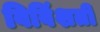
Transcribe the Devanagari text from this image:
विविंशती